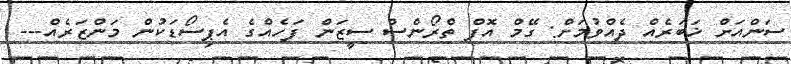
ސަންއަށް ޚަބަރެއް ދެއްވުމަށް: ގޭމް އޮފް ތްރޯންސް ސީޒަން ފަހެއްގެ އެޕިސޯޑަކުން މަންޒަރެއް---